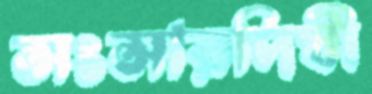
সংসারদিঘী